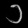
Digit: ၁